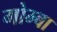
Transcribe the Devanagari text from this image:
गोम्बा